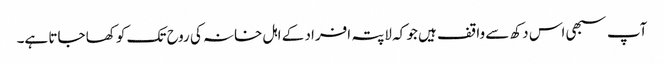
آپ سبھی اس دکھ سے واقف ہیں جو کہ لاپتہ افراد کے اہل خانہ کی روح تک کو کھا جاتا ہے۔